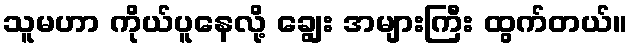
သူမဟာ ကိုယ်ပူနေလို့ ချွေး အများကြီး ထွက်တယ်။